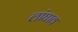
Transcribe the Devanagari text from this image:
लांघाव